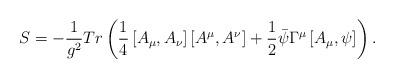
LaTeX: \begin{align*}S= -\frac{1}{g^{2}} Tr \left( \frac{1}{4} \left[ A_{\mu} ,A_{\nu}\right] \left[A^{\mu} ,A^{\nu} \right] +\frac{1}{2}\bar{\psi } \Gamma^{\mu} \left[ A_{\mu},\psi \right] \right) . \end{align*}